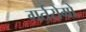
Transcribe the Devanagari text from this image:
गर्तरोमों